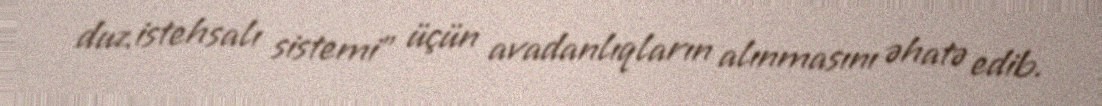
duz istehsalı sistemi” üçün avadanlıqların alınmasını əhatə edib.